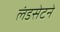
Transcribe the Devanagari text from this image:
लंडसेटने